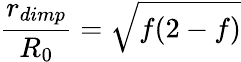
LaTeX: \frac{r_{dimp}}{R_{0}}=\sqrt{f(2-f)}